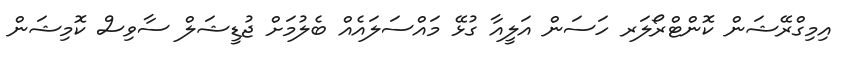
އިމިގްރޭޝަން ކޮންޓްރޯލަރ ހަސަން އަލީއާ ގުޅޭ މައްސަލައެއް ބެލުމަށް ޖުޑީޝަލް ސާވިސް ކޮމިޝަން